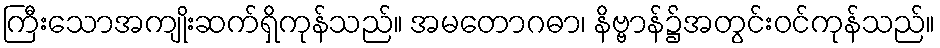
ကြီးသောအကျိုးဆက်ရှိကုန်သည်။ အမတောဂဓာ၊ နိဗ္ဗာန်၌အတွင်းဝင်ကုန်သည်။